Annual administration and progress report of the Indian Medical Department, Bombay
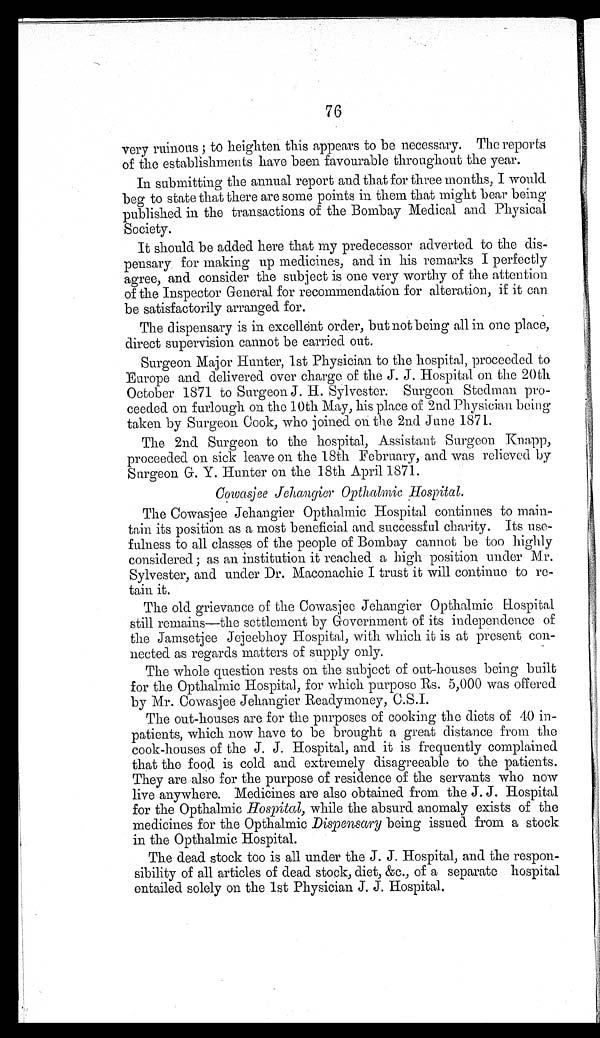
76
very ruinous; to heighten this appears to be necessary. The reports
of the establishments have been favourable throughout the year.
In submitting the annual report and that for three months, I would
beg to state that there are some points in them that might bear being
published in the transactions of the Bombay Medical and Physical
Society.
It should be added here that my predecessor adverted to the dis-
pensary for making up medicines, and in his remarks I perfectly
agree, and consider the subject is one very worthy of the attention
of the Inspector General for recommendation for alteration, if it can
be satisfactorily arranged for.
The dispensary is in excellent order, but not being all in one place,
direct supervision cannot be carried out.
Surgeon Major Hunter, 1st Physician to the hospital, proceeded to
Europe and delivered over charge of the J. J. Hospital on the 20th
October 1871 to Surgeon J. H. Sylvester. Surgeon Stedman pro-
ceeded on furlough on the 10th May, his place of 2nd Physician being
taken by Surgeon Cook, who joined on the 2nd June 1871.
The 2nd Surgeon to the hospital, Assistant Surgeon Knapp,
proceeded on sick leave on the 18th February, and was relieved by
Surgeon G. Y. Hunter on the 18th April 1871.
Cowasjee Jehangier Opthatmic Hospital.
The Cowasjee Jehangier Opthalmic Hospital continues to main-
tain its position as a most beneficial and successful charity. Its use-
fulness to all classes of the people of Bombay cannot be too highly
considered ; as an institution it reached a high position under Mr.
Sylvester, and under Dr. Maconachie I trust it will continue to re-
tain it.
The old grievance of the Cowasjee Jehangier Opthalmic Hospital
still remains—the settlement by Government of its independence of
the Jamsetjee Jejeebhoy Hospital, with which it is at present con-
nected as regards matters of supply only.
The whole question rests on the subject of out-houses being built
for the Opthalmic Hospital, for which purpose Rs. 5,000 was offered
by Mr. Cowasjee Jehangier Readymoney, C.S.I.
The out-houses are for the purposes of cooking the diets of 40 in-
patients, which now have to be brought a great distance from the
cook-houses of the J. J. Hospital, and it is frequently complained
that the food is cold and extremely disagreeable to the patients.
They are also for the purpose of residence of the servants who now
live anywhere. Medicines are also obtained from the J. J. Hospital
for the Opthalmic Hospital, while the absurd anomaly exists of the
medicines for the Opthalmic Dispensary being issued from a stock
in the Opthalmic Hospital.
The dead stock too is all under the J. J. Hospital, and the respon-
sibility of all articles of dead stock, diet, &c., of a separate hospital
entailed solely on the 1st Physician J. J. Hospital.